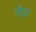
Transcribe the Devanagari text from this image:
नोंट